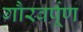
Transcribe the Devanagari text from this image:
गौरवर्पूण